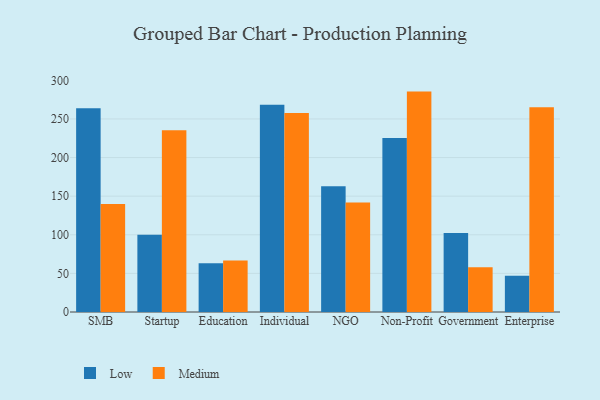
{"axis": {"x": "Segment", "y": "Temperature (°C)"}, "legend": ["Low", "Medium"], "data": [{"x": "SMB", "y": 263.7, "type": "Low"}, {"x": "SMB", "y": 139.7, "type": "Medium"}, {"x": "Startup", "y": 100.0, "type": "Low"}, {"x": "Startup", "y": 235.2, "type": "Medium"}, {"x": "Education", "y": 63.0, "type": "Low"}, {"x": "Education", "y": 66.7, "type": "Medium"}, {"x": "Individual", "y": 268.4, "type": "Low"}, {"x": "Individual", "y": 257.6, "type": "Medium"}, {"x": "NGO", "y": 162.8, "type": "Low"}, {"x": "NGO", "y": 141.9, "type": "Medium"}, {"x": "Non-Profit", "y": 225.2, "type": "Low"}, {"x": "Non-Profit", "y": 285.4, "type": "Medium"}, {"x": "Government", "y": 102.3, "type": "Low"}, {"x": "Government", "y": 58.1, "type": "Medium"}, {"x": "Enterprise", "y": 47.1, "type": "Low"}, {"x": "Enterprise", "y": 265.2, "type": "Medium"}]}